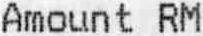
AMOUNT RM